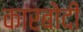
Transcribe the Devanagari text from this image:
कारबोदी